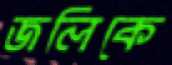
জলিকে